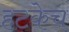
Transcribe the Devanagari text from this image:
हटकेच